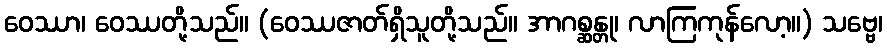
ဝေဿာ၊ ဝေဿတို့သည်။ (ဝေဿဇာတ်ရှိသူတို့သည်။ အာဂစ္ဆန္တု၊ လာကြကုန်လော့။) သဗ္ဗေ၊